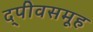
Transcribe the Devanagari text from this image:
द्पीवसमूह